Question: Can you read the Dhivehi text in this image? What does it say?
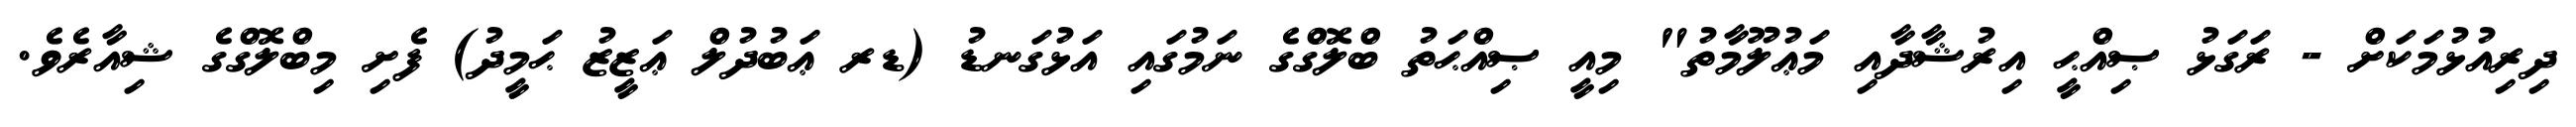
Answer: ދިރިއުޅުމަކަށް - ރަގަޅު ޞިއްޙީ އިރުޝާދާއި މަޢުލޫމާތު" މިއީ ޞިއްޙަތު ބްލޮގްގެ ނަމުގައި އަޅުގަނޑު (ޑރ ޢަބުދުލް ޢަޒީޒު ޙަމީދު) ފެށި މިބްލޮގްގެ ޝިއާރެވެ.